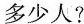
多少人？